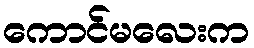
ကောင်မလေးက